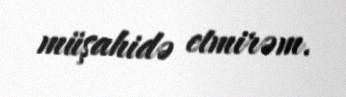
müşahidə etmirəm.